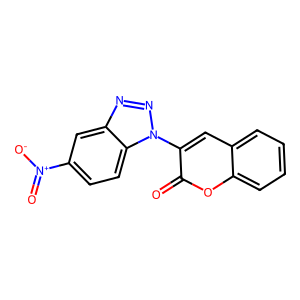
SMILES: O=c1oc2ccccc2cc1-n1nnc2cc([N+](=O)[O-])ccc21
Inhibits HIV replication: No